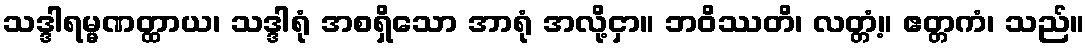
သဒ္ဒါရမ္မဏတ္ထာယ၊ သဒ္ဒါရုံ အစရှိသော အာရုံ အလို့ငှာ။ ဘဝိဿတိ၊ လတ္တံ့။ ဧတ္တကံ၊ သည်။